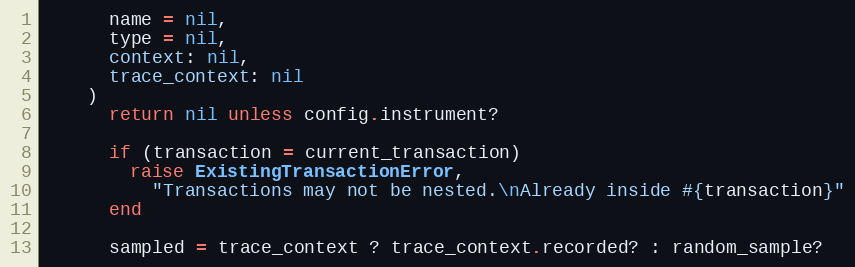
Language: Ruby
      name = nil,
      type = nil,
      context: nil,
      trace_context: nil
    )
      return nil unless config.instrument?

      if (transaction = current_transaction)
        raise ExistingTransactionError,
          "Transactions may not be nested.\nAlready inside #{transaction}"
      end

      sampled = trace_context ? trace_context.recorded? : random_sample?